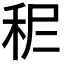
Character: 𥞓